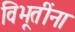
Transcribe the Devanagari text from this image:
विभूतींना